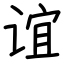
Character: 谊